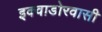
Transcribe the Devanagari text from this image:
इक्वाडोरवासी